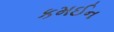
કમઈન